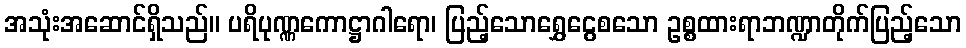
အသုံးအဆောင်ရှိသည်။ ပရိပုဏ္ဏကောဋ္ဌာဂါရော၊ ပြည့်သောရွှေငွေစသော ဥစ္စထားရာဘဏ္ဍာတိုက်ပြည့်သော